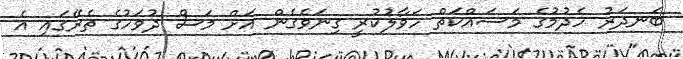
ބަނދަރު ހެދުމުގެ މަސައްކަތް ހަވާލުކުރީ ގިނަވެގެން އަށް މަސް ދުވަހުގެ ތެރޭގައި އެ